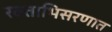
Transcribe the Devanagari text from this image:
रक्ताभिसरणात